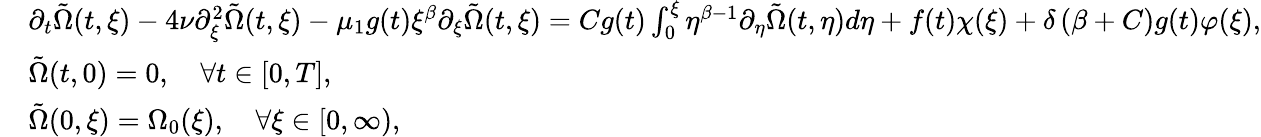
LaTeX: \begin{array}{rl}&{\partial_{t}\tilde{\Omega}(t,\xi)-4\nu\partial_{\xi}^{2}\tilde{\Omega}(t,\xi)-\mu_{1}g(t)\xi^{\beta}\partial_{\xi}\tilde{\Omega}(t,\xi)=Cg(t)\int_{0}^{\xi}\eta^{\beta-1}\partial_{\eta}\tilde{\Omega}(t,\eta)d\eta+f(t)\chi(\xi)+\delta\left(\beta+C\right)g(t)\varphi(\xi),}\\ &{\tilde{\Omega}(t,0)=0,\quad\forall t\in[0,T],}\\ &{\tilde{\Omega}(0,\xi)=\Omega_{0}(\xi),\quad\forall\xi\in[0,\infty),}\end{array}